Report of the Indian Hemp Drugs Commission, 1894-1895 - Volume VI
Year: 1894
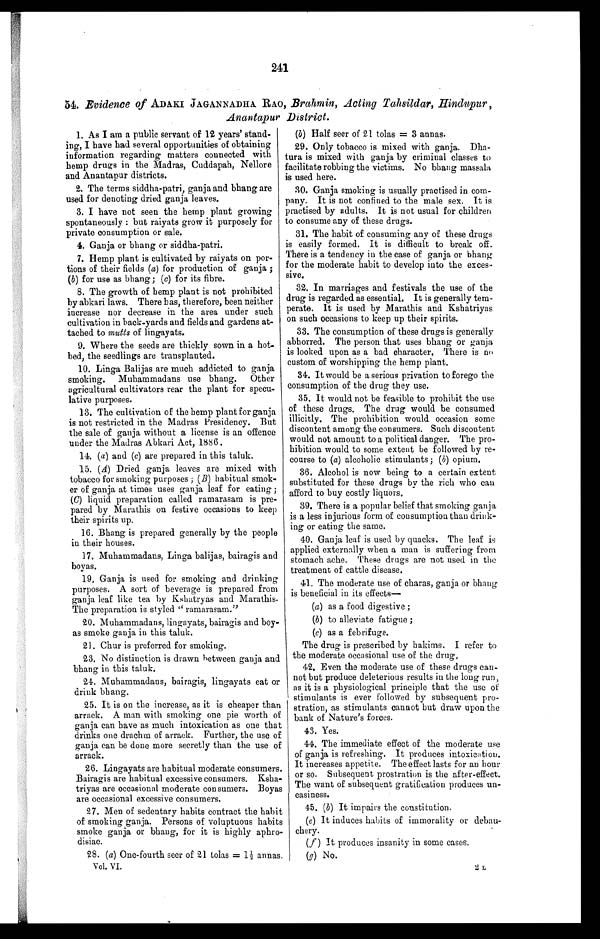
241
54. Evidence of ADAKI JAGANNADHA RAO, Brahmin, Acting Tahsildar, Hindupur,
Anantapur District.
1. As I am a public servant of 12 years' stand-
ing, I have had several opportunities of obtaining
information regarding matters connected with
hemp drugs in the Madras, Cuddapah, Nellore
and Anantapur districts.
2. The terms siddha-patri, ganja and bhang are
used for denoting dried ganja leaves.
3. I have not seen the hemp plant growing
spontaneously : but raiyats grow it purposely for
private consumption or sale.
4. Ganja or bhang or siddha-patri.
7. Hemp plant is cultivated by raiyats on por-
tions of their fields (a) for production of ganja ;
(b) for use as bhang; (c) for its fibre.
8. The growth of hemp plant is not prohibited
by abkari laws. There has, therefore, been neither
increase nor decrease in the area under such
cultivation in back-yards and fields and gardens at-
tached to mutts of lingayats.
9. Where the seeds are thickly sown in a hot-
bed, the seedlings are transplanted.
10. Linga Balijas are much addicted to ganja
smoking. Muhammadans use bhang. Other
agricultural cultivators rear the plant for specu-
lative purposes.
13. The cultivation of the hemp plant for ganja
is not restricted in the Madras Presidency. But
the sale of ganja without a license is an offence
under the Madras Abkari Act, 1886.
14. (a) and (c) are prepared in this taluk.
15. (A) Dried ganja leaves are mixed with
tobacco for smoking purposes ; (B) habitual smok-
er of ganja at times uses ganja leaf for eating ;
(C) liquid preparation called ramarasam is pre-
pared by Marathis on festive occasions to keep
their spirits up.
16. Bhang is prepared generally by the people
in their houses.
17. Muhammadans, Linga balijas, bairagis and
boyas.
19, Ganja is used for smoking and drinking
purposes. A sort of beverage is prepared from
ganja leaf like tea by Kshatryas and Marathis.
The preparation is styled " ramarasam."
20. Muhammadans, lingayats, bairagis and boy-
as smoke ganja in this taluk.
21. Chur is preferred for smoking.
23. No distinction is drawn between ganja and
bhang in this taluk.
24. Muhammadans, bairagis, lingayats eat or
drink bhang.
25. It is on the increase, as it is cheaper than
arrack. A man with smoking one pie worth of
ganja can have as much intoxication as one that
drinks one drachm of arrack. Further, the use of
ganja can be done more secretly than the use of
arrack.
26. Lingayats are habitual moderate consumers.
Bairagis are habitual excessive consumers. Ksha-
triyas are occasional moderate consumers. Boyas
are occasional excessive consumers.
27. Men of sedentary habits contract the habit
of smoking ganja. Persons of voluptuous habits
smoke ganja or bhang, for it is highly aphro
-disiac.
28. (a) One-fourth seer of 21 Colas = 1½ a n n a s .
Vol. VI.
(b) Half seer of 21 tolas = 3 annas.
29. Only tobacco is mixed with ganja. Dha-
tura is mixed with ganja by criminal classes to
facilitate robbing the victims. No bhang massala
is used here.
30. Ganja smoking is usually practised in com-
pany. It is not confined to the male sex. It is
practised by adults. It is not usual for children
to consume any of these drugs.
31. The habit of consuming any of these drugs
is easily formed. It is difficult to break off.
There is a tendency in the case of ganja or bhang
for the moderate habit to develop into the exces-
sive.
32. In marriages and festivals the use of the
drug is regarded as essential. It is generally tem-
perate. It is used by Marathis and Kshatriyas
on such occasions to keep up their spirits.
33. The consumption of these drugs is generally
abhorred. The person that uses bhang or ganja
is looked upon as a bad character. There is no
custom of worshipping the hemp plant.
34. It would be a serious privation to forego the
consumption of the drug they use.
35. It would not be feasible to prohibit the use
of these drugs. The drug would be consumed
illicitly. The prohibition would occasion some
discontent among the consumers. Such discontent
would not amount to a political danger. The pro-
hibition would to some extent be followed by re-
course to (a) alcoholic stimulants; (b) opium.
36. Alcohol is now being to a certain extent
substituted for these drugs by the rich who can
afford to buy costly liquors.
39. There is a popular belief that smoking ganja
is a less injurious form of consumption than drink-
ing or eating the same.
40. Ganja leaf is used by quacks. The leaf is
applied externally when a man is suffering from
stomach ache. These drugs are not used in the
treatment of cattle disease.
41. The moderate use of charas, ganja or bhang
is beneficial in its effects—
(a) as a food digestive ;
(b) to alleviate fatigue ;
(c) as a febrifuge.
The drug is prescribed by hakims. I refer to
the moderate occasional use of the drug,
42. Even the moderate use of these drugs can-
not but produce deleterious results in the long run,
as it is a physiological principle that the use of
stimulants is ever followed by subsequent pro-
stration, as stimulants cannot but draw upon the
bank of Nature's forces.
4 3 . Y e s .
44. The immediate effect of the moderate use
of ganja is refreshing. It produces intoxication.
It increases appetite. The effect lasts for an hour
or so. Subsequent prostration is the after-effect.
The want of subsequent gratification produces un-
easiness.
4 5 . ( b )
I t i m p a i r s t h e c o n s t i t u t i o n .
(e) It induces habits of immorality or debau-
chery.
(f) It produces insanity in some cases.
( g )
N o .
2 L